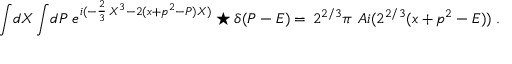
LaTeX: \int \! d X \int \! d P \; e ^ { i ( - \frac { 2 } { 3 } \, X ^ { 3 } - 2 ( x + p ^ { 2 } - P ) X ) } \star \delta ( P - E ) = \, 2 ^ { 2 / 3 } \pi \, \, A i ( 2 ^ { 2 / 3 } ( x + p ^ { 2 } - E ) ) \; .